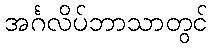
အင်္ဂလိပ်ဘာသာတွင်